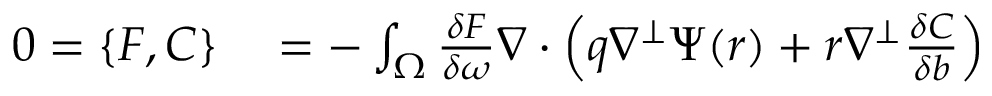
\begin{array} { r l } { 0 = \{ F , C \} } & { { } = - \int _ { \Omega } \frac { \delta F } { \delta \omega } \nabla \cdot \left( q \nabla ^ { \perp } \Psi ( r ) + r \nabla ^ { \perp } \frac { \delta C } { \delta b } \right) } \end{array}